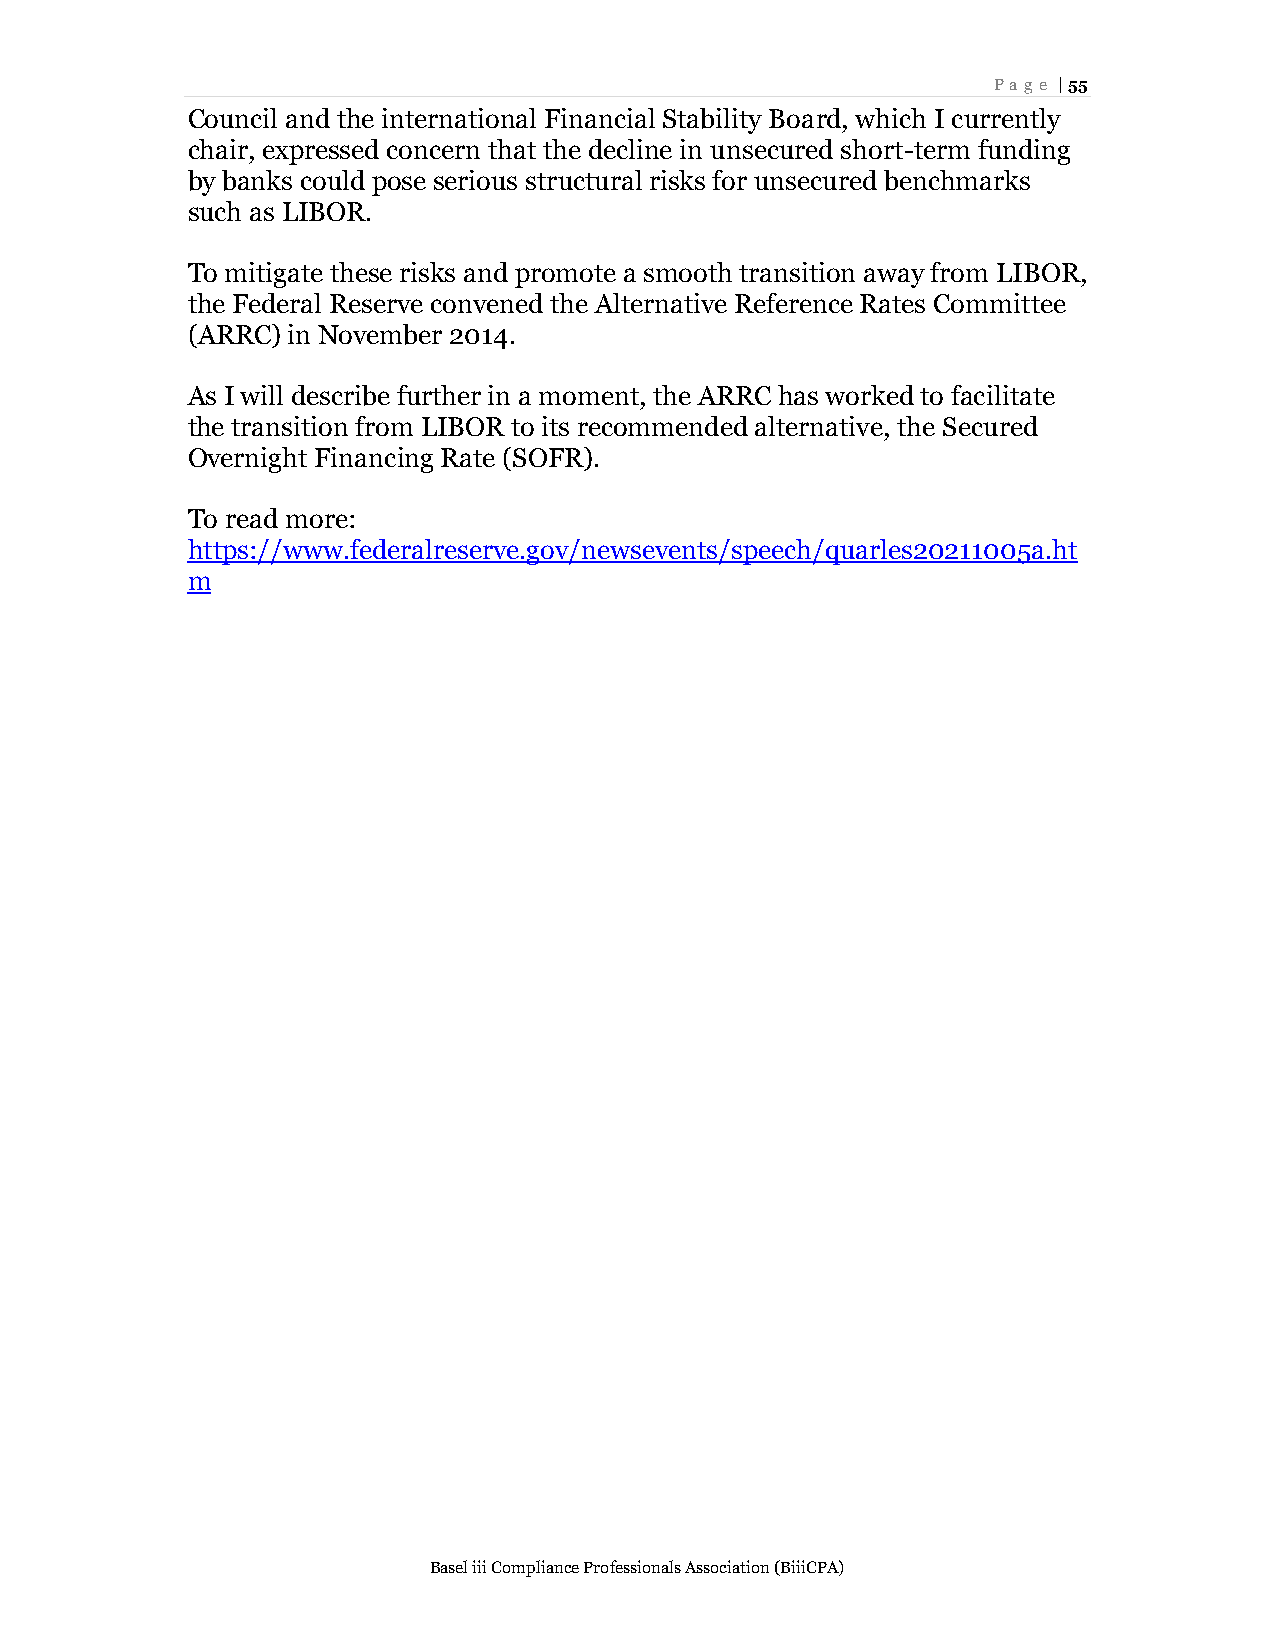
Page | 55
 Council and the international Financial Stability Board, which I currently
 chair, expressed concern that the decline in unsecured short-term funding
 by banks could pose serious structural risks for unsecured benchmarks
 such as LIBOR.
 To mitigate these risks and promote a smooth transition away from LIBOR,
 the Federal Reserve convened the Alternative Reference Rates Committee
 (ARRC) in November 2014.
 As I will describe further in a moment, the ARRC has worked to facilitate
 the transition from LIBOR to its recommended alternative, the Secured
 Overnight Financing Rate (SOFR).
 To read more:
 https://www.federalreserve.gov/newsevents/speech/quarles20211005a.ht
 m
 Basel iii Compliance Professionals Association (BiiiCPA)